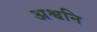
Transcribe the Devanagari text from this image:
अश्वनि